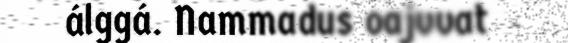
álggá. Nammadus oajvvat